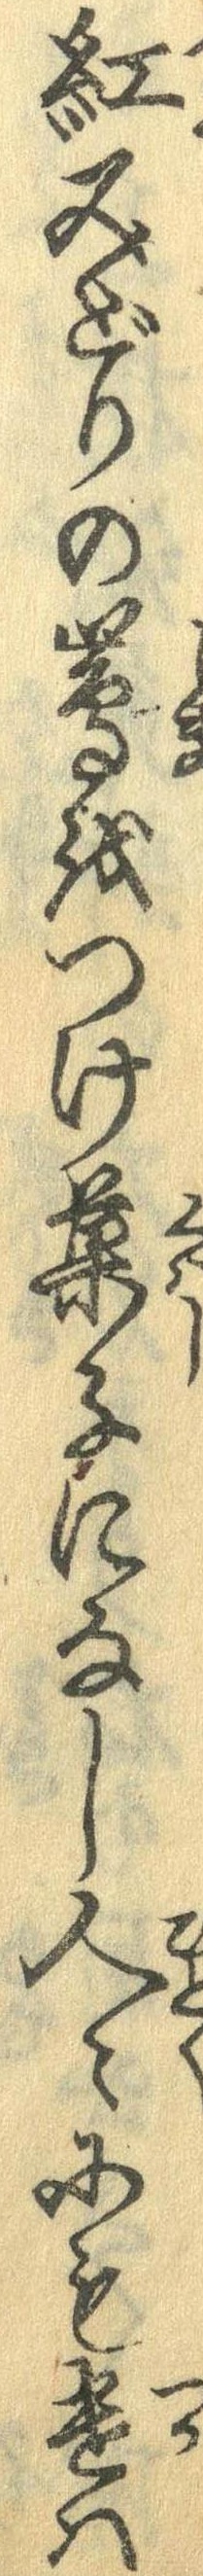
紅みどりの島をつけ菓子になし人々にも遣は